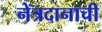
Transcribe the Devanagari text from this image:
नेत्रदानाची